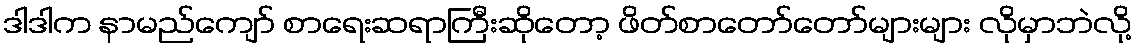
ဒါဒါက နာမည်ကျော် စာရေးဆရာကြီးဆိုတော့ ဖိတ်စာတော်တော်များများ လိုမှာဘဲလို့